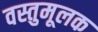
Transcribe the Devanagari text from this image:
वस्तुमूलक